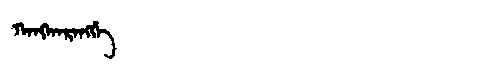
Manchu: ᡴᠠᠩᡴᠠᡵᠠᠩᡤᡝ
Romanization: KANGKARANGGE